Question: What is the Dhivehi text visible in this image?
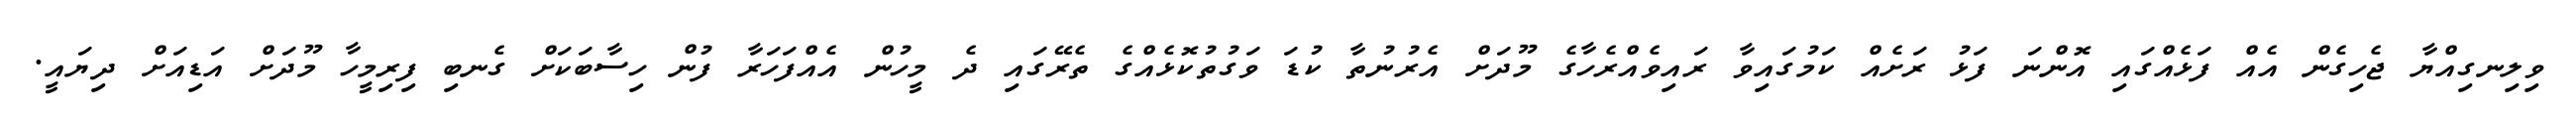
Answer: ވިލިނގިއްޔާ ޖެހިގެން އެއް ފަޅެއްގައި އޮންނަ ފަޅު ރަށެއް ކަމުގައިވާ ރައިވެއްރެހާގެ މޫދަށް އެރުނުތާ ކުޑަ ވަގުތުކޮޅެއްގެ ތެރޭގައި ދެ މީހުން އެއްފަހަރާ ފުން ހިސާބަކަށް ގެނބި ފިރިމީހާ މޫދަށް އަޑިއަށް ދިޔައީ.